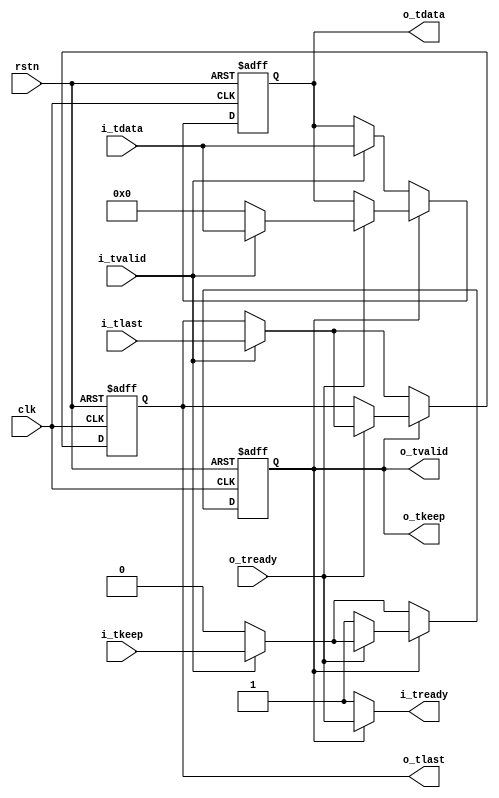
// This program was cloned from: https://github.com/WangXuan95/FPGA-ftdi245fifo
// License: GNU General Public License v3.0


//--------------------------------------------------------------------------------------------------------
// Module  : axi_stream_downsizing
// Type    : synthesizable, IP's sub-module
// Standard: Verilog 2001 (IEEE1364-2001)
// Function: AXI-stream upsizing or downsizing,
//           see AMBA 4 AXI4-stream Protocol Version: 1.0 Specification -> 2.3.3 -> downsizing considerations
//--------------------------------------------------------------------------------------------------------

module axi_stream_downsizing #(
    parameter IEW = 0,                       // input width,  0=1Byte, 1=2Byte, 2=4Byte, 3=8Bytes, 4=16Bytes, ...
    parameter OEW = 0                        // output width, 0=1Byte, 1=2Byte, 2=4Byte, 3=8Bytes, 4=16Bytes, ...
                                             // OEW must < IEW
) (
    input  wire                rstn,
    input  wire                clk,
    // AXI-stream slave
    output wire                i_tready,
    input  wire                i_tvalid,
    input  wire [(8<<IEW)-1:0] i_tdata,
    input  wire [(1<<IEW)-1:0] i_tkeep,
    input  wire                i_tlast,
    // AXI-stream master
    input  wire                o_tready,
    output wire                o_tvalid,
    output wire [(8<<OEW)-1:0] o_tdata,
    output wire [(1<<OEW)-1:0] o_tkeep,
    output wire                o_tlast
);



reg  [(8<<IEW)-1:0] tmp_data = {(8<<IEW){1'b0}};
reg  [(1<<IEW)-1:0] tmp_keep = {(1<<IEW){1'b0}};
reg                 tmp_last = 1'b0;

wire [(8<<IEW)-1:0] tmp_data_next;
wire [(1<<IEW)-1:0] tmp_keep_next;

assign {tmp_data_next, o_tdata} = {{(8<<OEW){1'b0}}, tmp_data};
assign {tmp_keep_next, o_tkeep} = {{(1<<OEW){1'b0}}, tmp_keep};
assign                 o_tlast  = ( tmp_keep_next == {(1<<IEW){1'b0}} ) ? tmp_last : 1'b0;
assign                 o_tvalid = (|o_tkeep);

assign                 i_tready = ( tmp_keep      == {(1<<IEW){1'b0}} )  ?  1'b1     :
                                  ( tmp_keep_next == {(1<<IEW){1'b0}} )  ?  o_tready :
                                                                            1'b0     ;


always @ (posedge clk or negedge rstn)
    if (~rstn) begin
        tmp_data <= {(8<<IEW){1'b0}};
        tmp_keep <= {(1<<IEW){1'b0}};
        tmp_last <= 1'b0;
    end else begin
        if          ( tmp_keep      == {(1<<IEW){1'b0}} ) begin           // no data in tmp
            // i_tready = 1
            if (i_tvalid) begin
                tmp_data <= i_tdata;
                tmp_keep <= i_tkeep;
                tmp_last <= i_tlast;
            end
        end else if ( tmp_keep_next == {(1<<IEW){1'b0}} ) begin           // only one data in tmp
            if (o_tready) begin
                // i_tready = 1
                if (i_tvalid) begin
                    tmp_data <= i_tdata;
                    tmp_keep <= i_tkeep;
                    tmp_last <= i_tlast;
                end else begin
                    tmp_data <= tmp_data_next;
                    tmp_keep <= tmp_keep_next;
                end
            end
        end else if (o_tready | ~o_tvalid) begin
            tmp_data <= tmp_data_next;
            tmp_keep <= tmp_keep_next;
        end
    end


endmodule